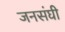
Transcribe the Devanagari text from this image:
जनसंघी